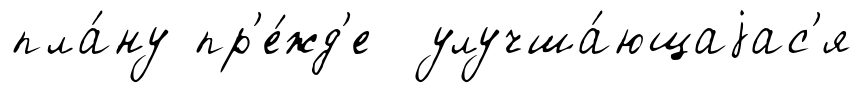
пла́ну пр'е́жд'е улучша́ющаjас'я